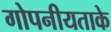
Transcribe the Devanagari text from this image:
गोपनीयताके